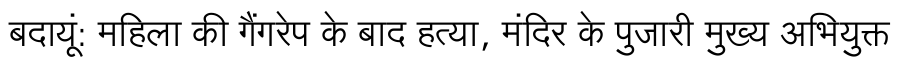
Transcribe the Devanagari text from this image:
बदायूं: महिला की गैंगरेप के बाद हत्या, मंदिर के पुजारी मुख्य अभियुक्त